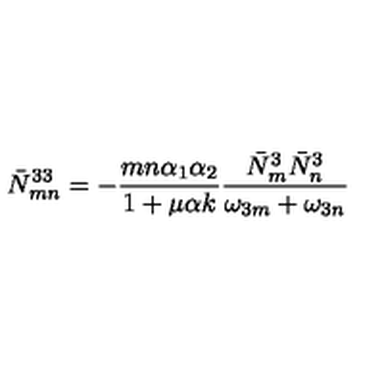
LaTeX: \bar { N } _ { m n } ^ { 3 3 } = - { \frac { m n \alpha _ { 1 } \alpha _ { 2 } } { 1 + \mu \alpha k } } { \frac { \bar { N } _ { m } ^ { 3 } \bar { N } _ { n } ^ { 3 } } { \omega _ { 3 m } + \omega _ { 3 n } } }